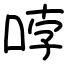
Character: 哱